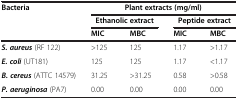
<table><thead><tr><td rowspan="3"><b>Bacteria</b></td><td colspan="4"><b>Plant extracts (mg/ml)</b></td></tr><tr><td colspan="2"><b>Ethanolic extract</b></td><td colspan="2"><b>Peptide extract</b></td></tr><tr><td><b>MIC</b></td><td><b>MBC</b></td><td><b>MIC</b></td><td><b>MBC</b></td></tr></thead><tbody><tr><td><b><i>S. aureus</i></b> (RF 122)</td><td>&gt;125</td><td>125</td><td>1.17</td><td>&gt;1.17</td></tr><tr><td><b><i>E. coli</i></b> (UT181)</td><td>125</td><td>125</td><td>1.17</td><td>&lt;1.17</td></tr><tr><td><b><i>B. cereus</i></b> (ATTC 14579)</td><td>31.25</td><td>&gt;31.25</td><td>0.58</td><td>&gt;0.58</td></tr><tr><td><b><i>P. aeruginosa</i></b> (PA7)</td><td>0.00</td><td>0.00</td><td>0.00</td><td>0.00</td></tr></tbody></table>